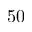
5 0